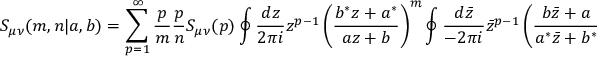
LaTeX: S _ { \mu \nu } ( m , n | a , b ) = \sum _ { p = 1 } ^ { \infty } \frac { p } { m } \frac { p } { n } S _ { \mu \nu } ( p ) \oint \frac { d z } { 2 \pi i } z ^ { p - 1 } \left( \frac { b ^ { * } z + a ^ { * } } { a z + b } \right) ^ { m } \oint \frac { d \bar { z } } { - 2 \pi i } { \bar { z } } ^ { p - 1 } \left( \frac { b \bar { z } + a } { a ^ { * } \bar { z } + b ^ { * } } \right) ^ { n } .